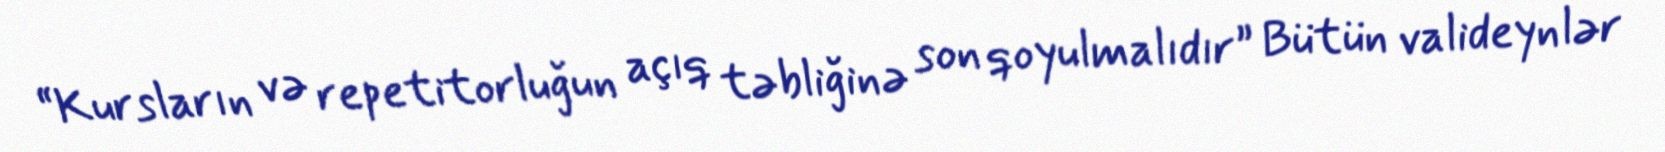
“Kursların və repetitorluğun açıq təbliğinə son qoyulmalıdır” Bütün valideynlər